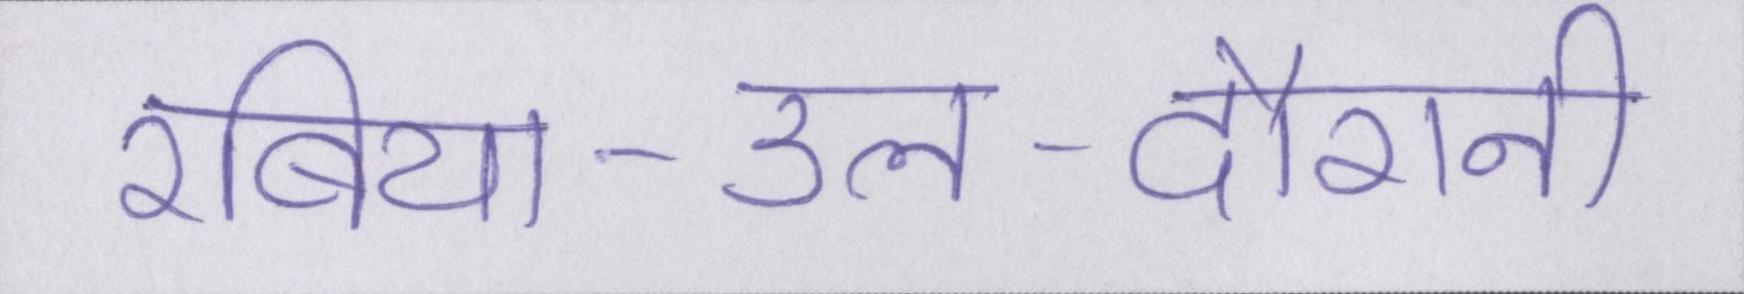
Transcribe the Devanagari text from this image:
रबिया-उल-दौरानी